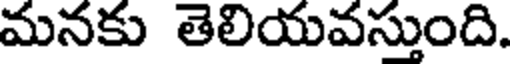
మనకు తెలియవస్తుంది.